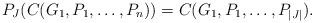
LaTeX: \begin{align*}P_J(C(G_1,P_1, \ldots, P_n)) = C(G_1,P_1, \ldots, P_{|J|}). \end{align*}